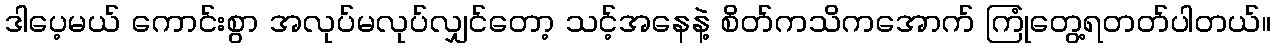
ဒါပေ့မယ် ကောင်းစွာ အလုပ်မလုပ်လျှင်တော့ သင့်အနေနဲ့ စိတ်ကသိကအောက် ကြုံတွေ့ရတတ်ပါတယ်။